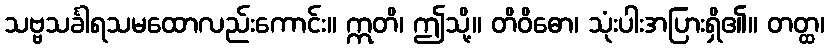
သဗ္ဗသင်္ခါရသမထောလည်းကောင်း။ ဣတိ၊ ဤသို့။ တိဝိဓော၊ သုံးပါးအပြားရှိ၏။ တတ္ထ၊